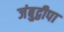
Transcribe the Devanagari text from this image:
जंबुद्वीपा